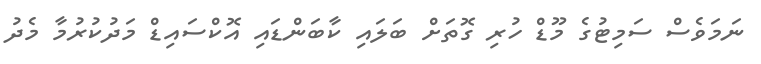
ނަމަވެސް ސަމިޓުގެ މޫޑް ހުރި ގޮތަށް ބަލައި ކާބަންޑައި އޮކްސައިޑް މަދުކުރުމާ މެދު